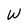
Character: W